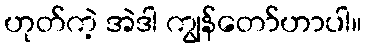
ဟုတ်ကဲ့ အဲဒါ ကျွန်တော်ဟာပါ။